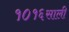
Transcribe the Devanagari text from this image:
१०१६साली